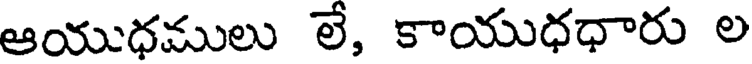
ఆయుధములు లే, కాయుధధారు ల